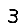
Digit: 3